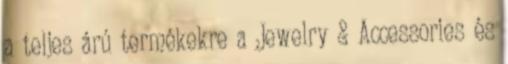
a teljes árú termékekre a Jewelry & Accessories és